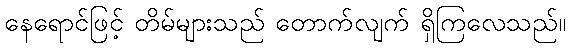
နေရောင်ဖြင့် တိမ်များသည် တောက်လျက် ရှိကြလေသည်။